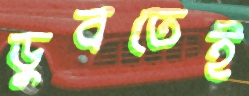
ডুবতেই